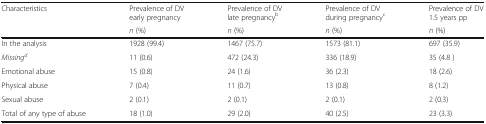
| <ROWSPAN=2> Characteristics | Prevalence of DV early pregnancy | Prevalence of DV late pregnancyb | Prevalence of DV during pregnancyc | Prevalence of DV 1.5 years pp |
 | n (%) | n (%) | n (%) | n (%) |
 | --- | --- | --- | --- | --- |
 | In the analysis | 1928 (99.4) | 1467 (75.7) | 1573 (81.1) | 697 (35.9) |
 | Missingd | 11 (0.6) | 472 (24.3) | 336 (18.9) | 35 (4.8 ) |
 | Emotional abuse | 15 (0.8) | 24 (1.6) | 36 (2.3) | 18 (2.6) |
 | Physical abuse | 7 (0.4) | 11 (0.7) | 13 (0.8) | 8 (1.2) |
 | Sexual abuse | 2 (0.1) | 2 (0.1) | 2 (0.1) | 2 (0.3) |
 | Total of any type of abuse | 18 (1.0) | 29 (2.0) | 40 (2.5) | 23 (3.3) |